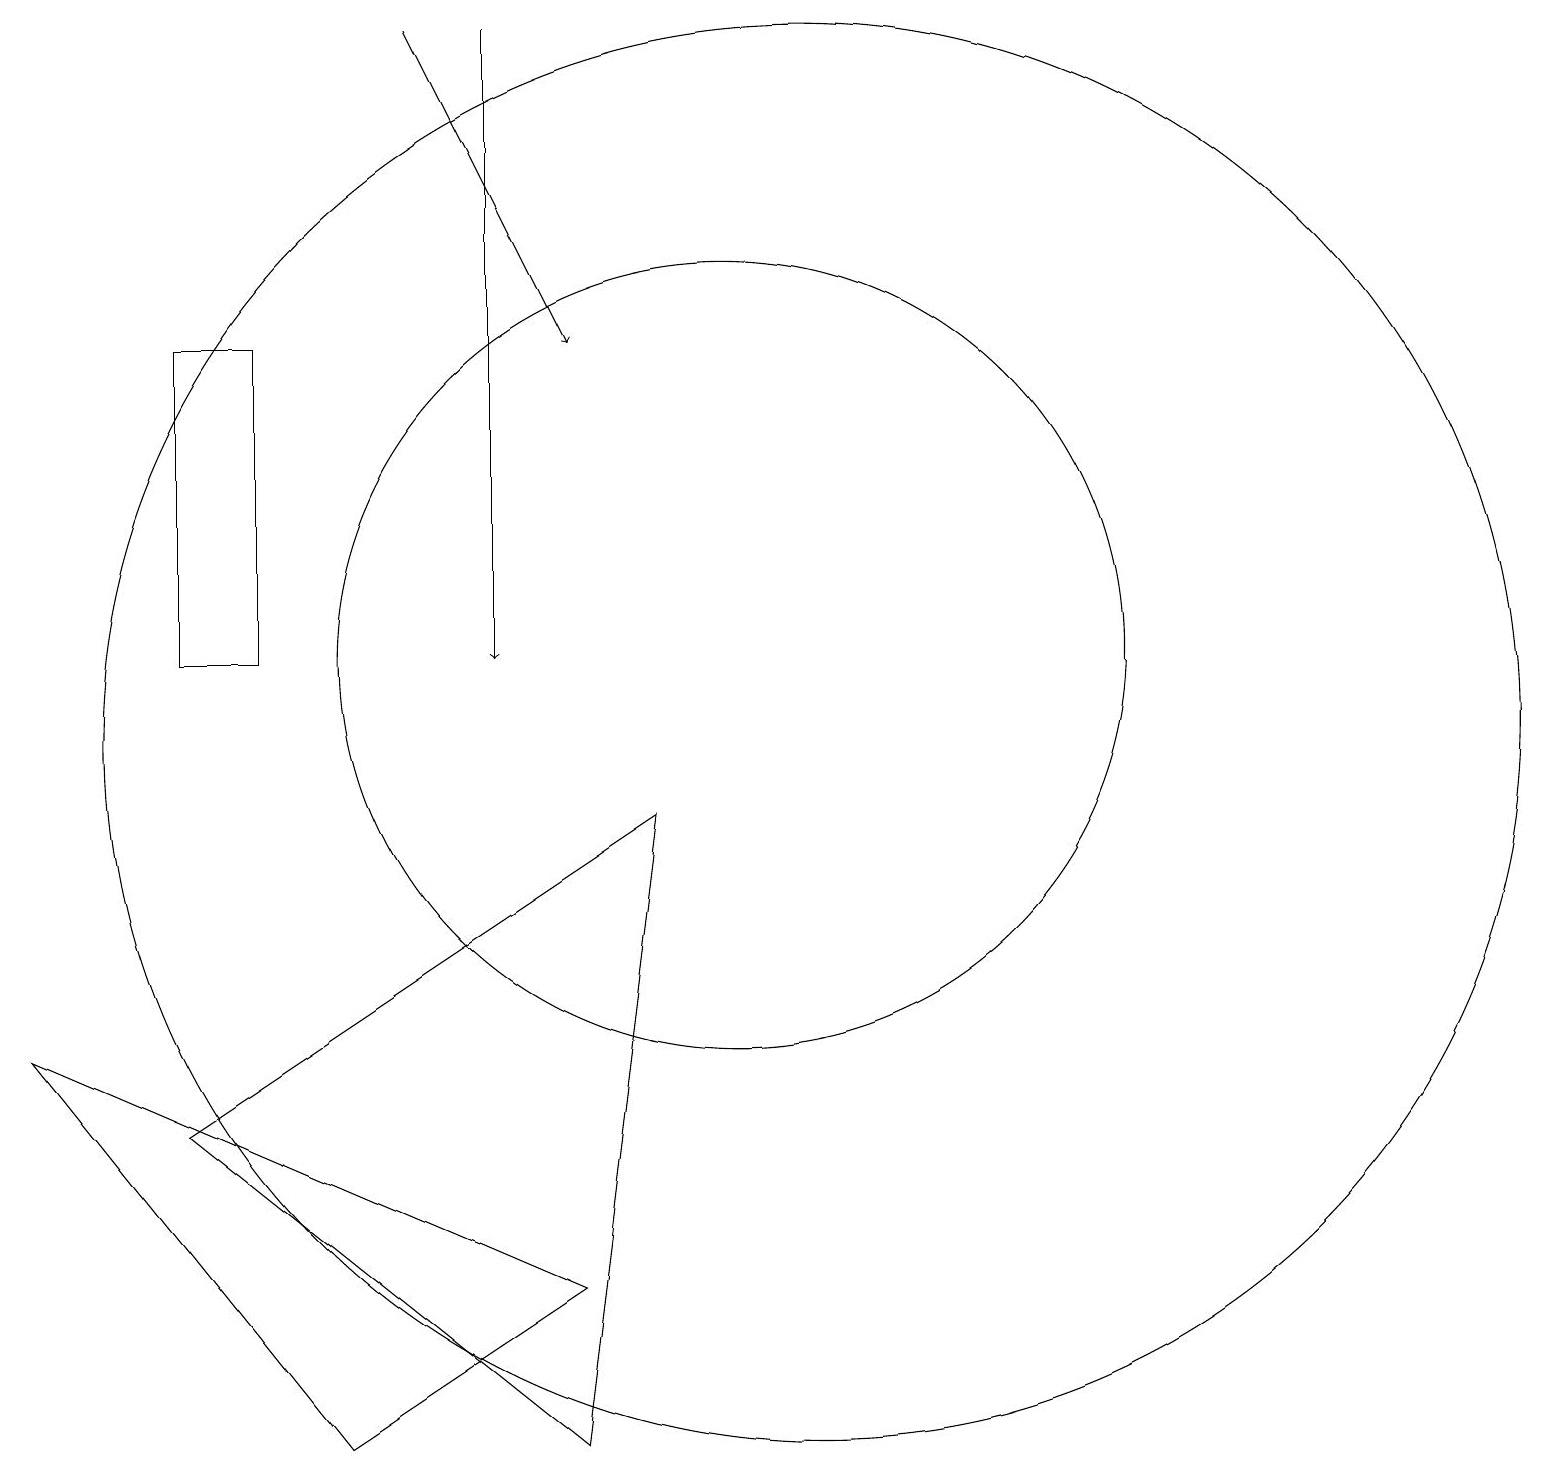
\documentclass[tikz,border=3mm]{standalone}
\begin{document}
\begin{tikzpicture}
\draw[->] (6,19) -- (8,15);
\draw (10,11) circle (5);
\draw (3,11) rectangle (4,15);
\draw (11,10) circle (9);
\draw (8,1) -- (9,9) -- (3,5) -- cycle;
\draw[->] (7,19) -- (7,11);
\draw (1,6) -- (8,3) -- (5,1) -- cycle;
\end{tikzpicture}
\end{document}